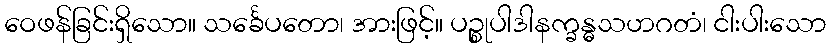
ဝေဖန်ခြင်းရှိသော။ သင်္ခေပတော၊ အားဖြင့်။ ပဉ္စုပါဒါနက္ခန္ဓသဟဂတံ၊ ငါးပါးသော